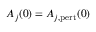
A _ { j } ( 0 ) = A _ { j , \mathrm { p e r t } } ( 0 )